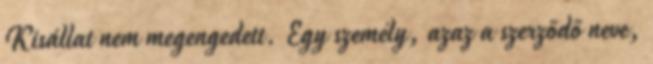
Kisállat nem megengedett. Egy személy, azaz a szerződő neve,